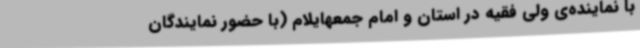
با نماینده‌ی ولی فقیه در استان و امام جمعهایلام (با حضور نمایندگان